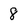
Character: 8